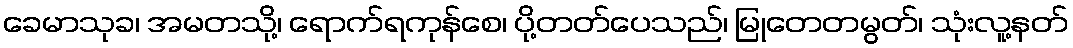
ခေမာသုခ၊ အမတသို့၊ ရောက်ရကုန်စေ၊ ပို့တတ်ပေသည်၊ မြုတေတမွတ်၊ သုံးလူ့နတ်